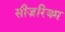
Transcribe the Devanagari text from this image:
सीज़रियम